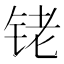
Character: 铑